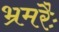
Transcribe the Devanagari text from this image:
भ्रमरैः